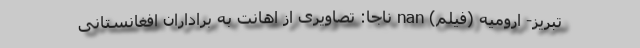
تبریز- ارومیه (فیلم) nan ناجا: تصاویری از اهانت به براداران افغانستانی